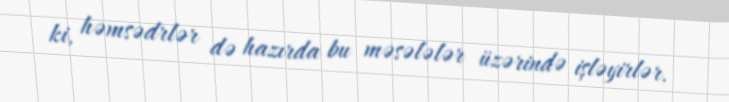
ki, həmsədrlər də hazırda bu məsələlər üzərində işləyirlər.